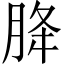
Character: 胮